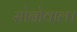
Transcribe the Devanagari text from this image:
सोनोवाल।